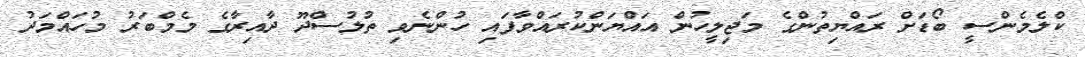
ކްލެމެންސީ ބޯޑަށް ރައްޔިތުންގެ މަޖިލީހުން އައްޔަންކުރައްވާފައި ހުންނެވި ތުލުސްދޫ ދާއިރާގެ މެމްބަރު މުހައްމަދު